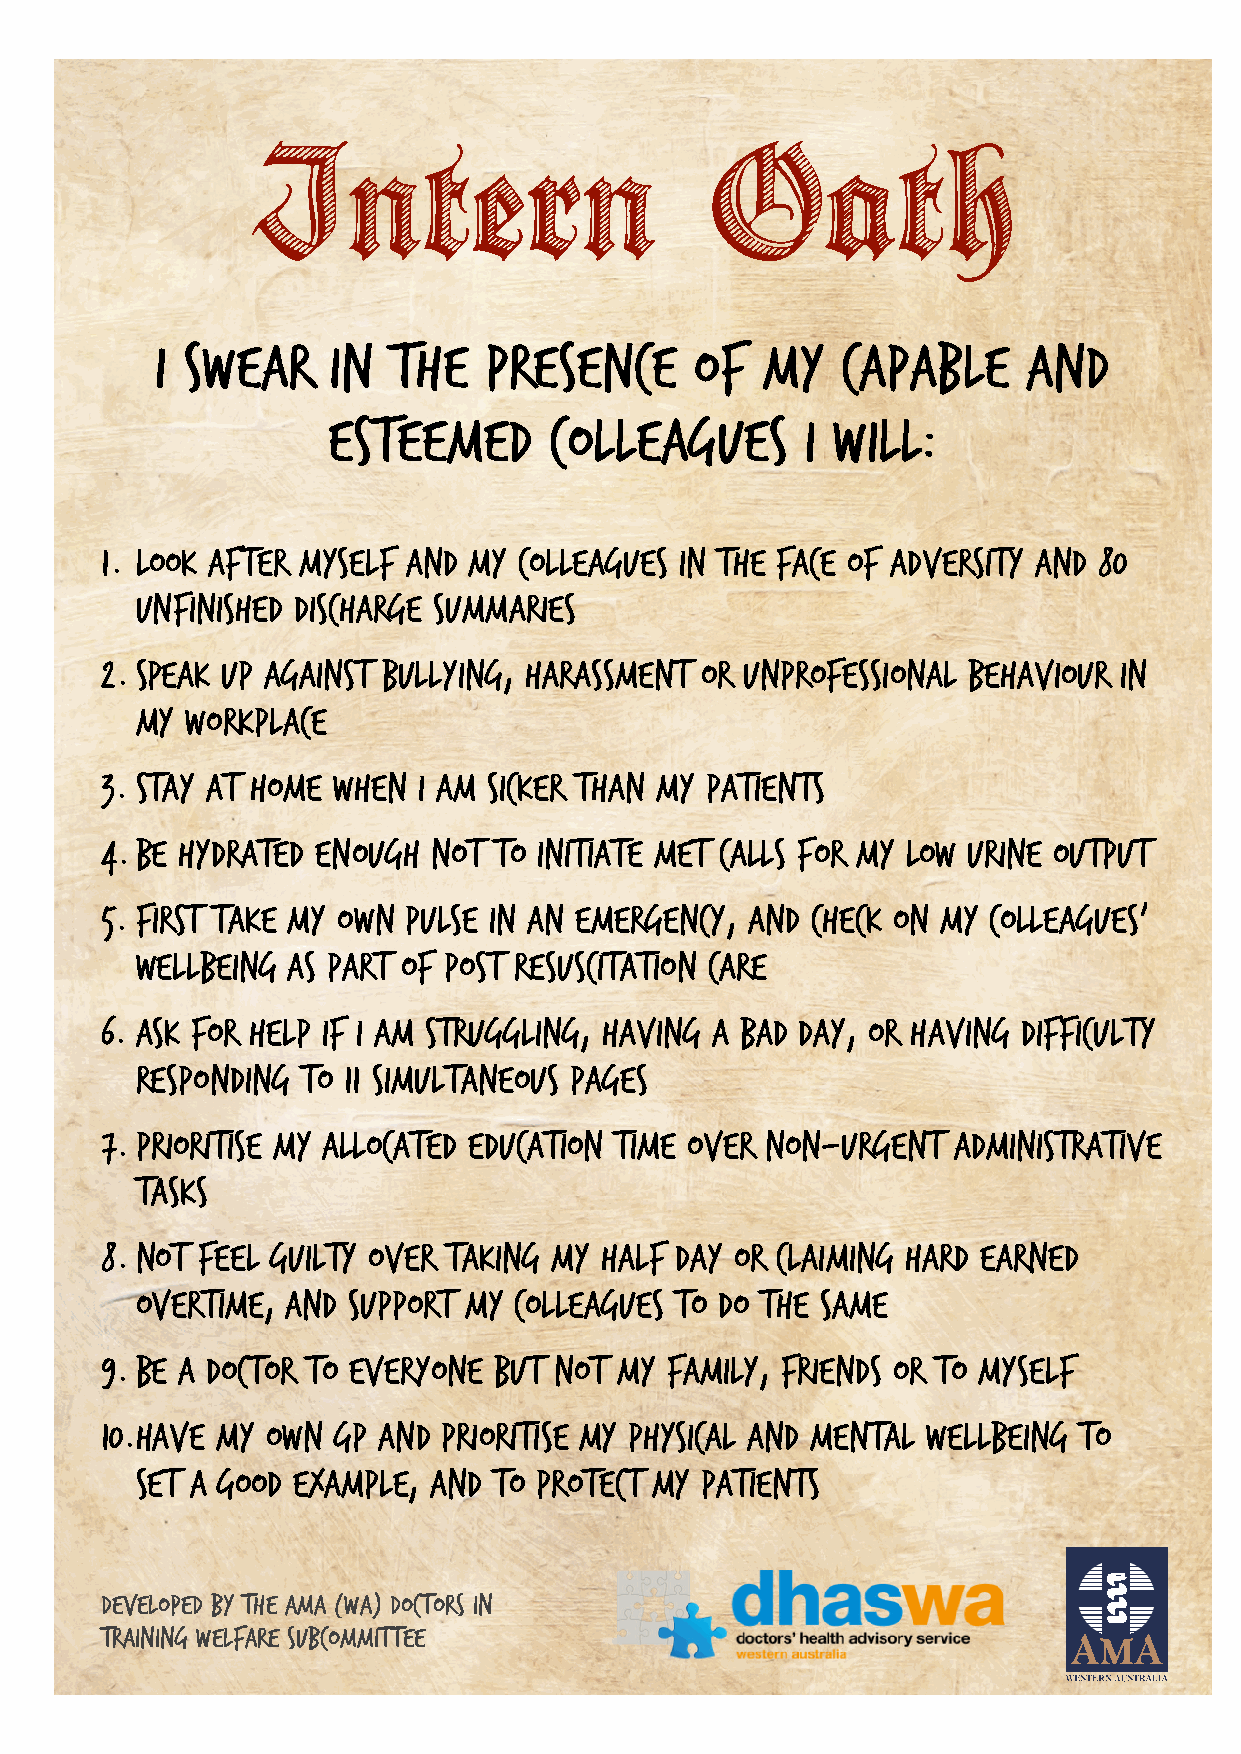
INTERNSHIP 101 – WHAT YOU NEED TO KNOW 23
 Intern                        Oath
 I swear     in  the   presence      of  my    capable     and
 esteemed      colleagues       I will:
 1. Look after myself and my colleagues in the face of adversity and 80
 unfinished discharge summaries
 2. Speak up against bullying, harassment or unprofessional behaviour in
 my workplace
 3. Stay at home when I am sicker than my patients
 4. Be hydrated enough not to initiate MET calls for my low urine output
 5. First take my own pulse in an emergency, and check on my colleagues’
 wellbeing as part of post resuscitation care
 6. Ask for help if I am struggling, having a bad day, or having difficulty
 responding to 11 simultaneous pages
 7. Prioritise my allocated education time over non-urgent administrative
 tasks
 8. Not feel guilty over taking my half day or claiming hard earned
 overtime, and support my colleagues to do the same
 9. Be a doctor to everyone BUT NOT my family, friends or to myself
 10.Have my own GP and prioritise my physical and mental wellbeing to
 set a good example, and to protect my patients
 Developed by the AMA (WA) Doctors in
 Training Welfare Subcommittee